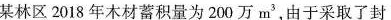
某林区2018年木材蓄积量为200万m^{3}，由于采取了封